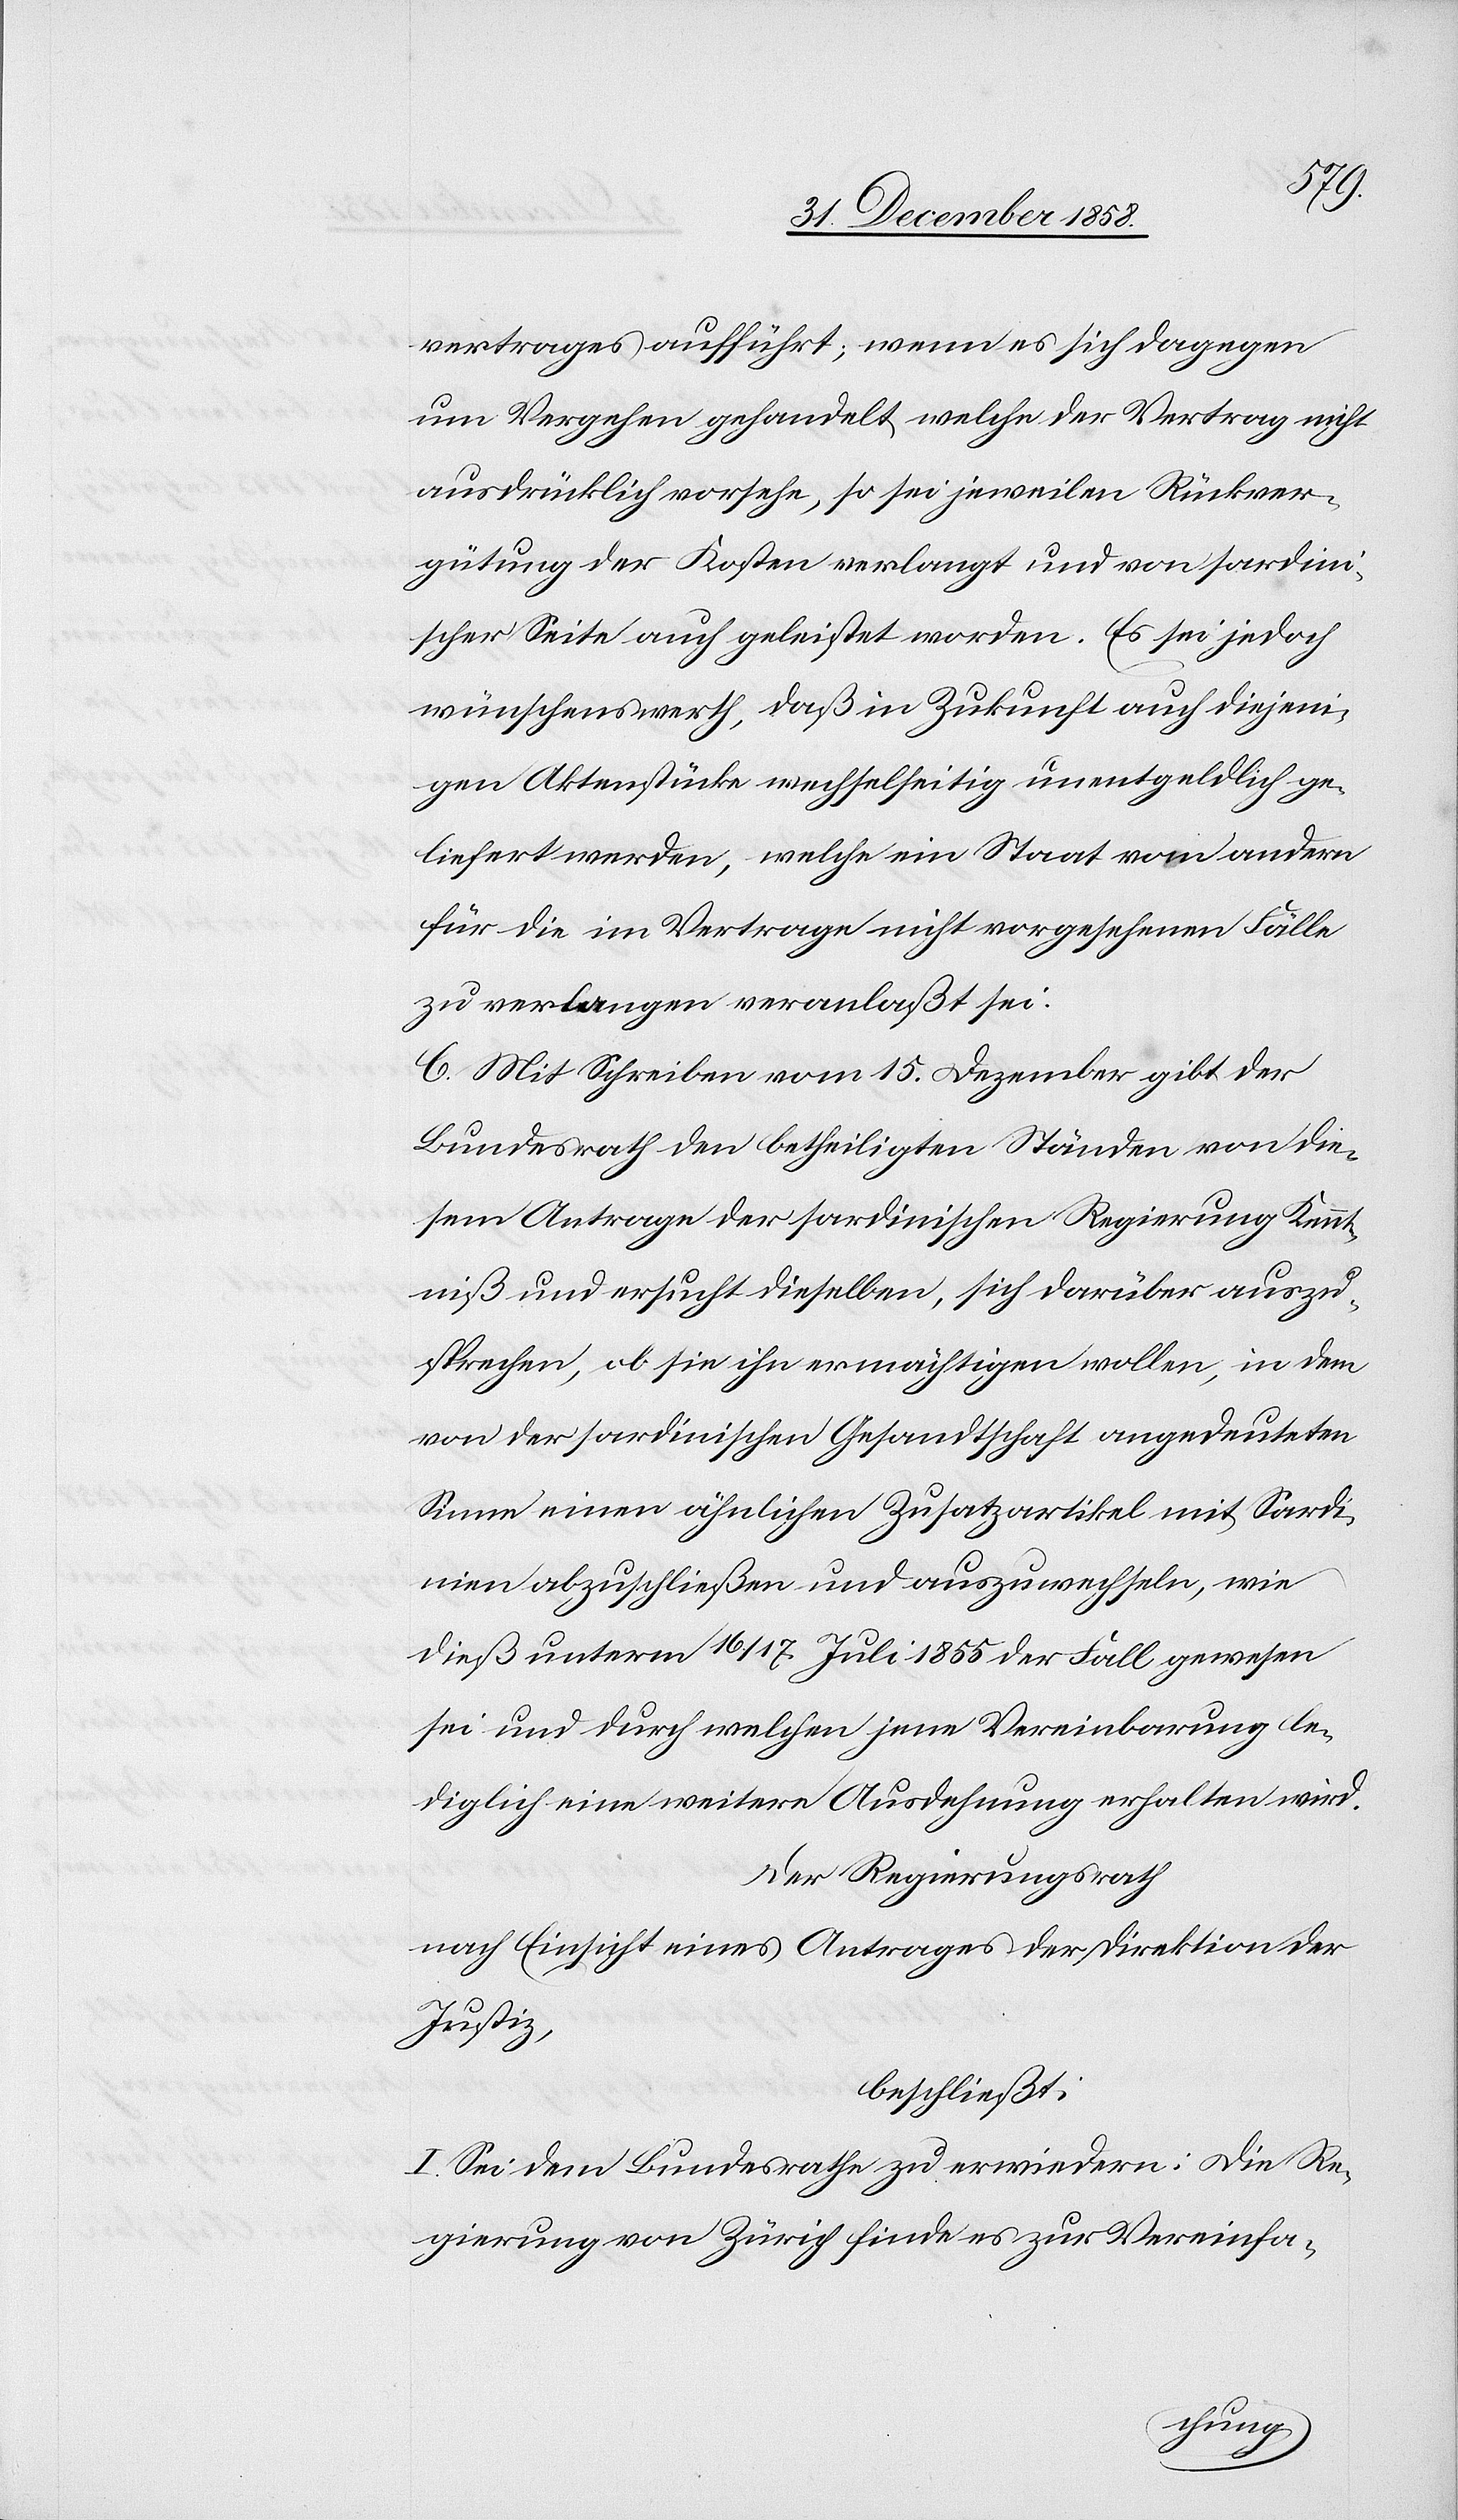
vertrages aufführt; wenn es sich dagegen
um Vergehen gehandelt, welche der Vertrag nicht
ausdrücklich vorsehe, so sei jeweilen Rückver¬
gütung der Kosten verlangt und von sardini¬
scher Seite auch geleistet worden. Es sei jedoch
wünschenswerth, daß in Zukunft auch diejeni¬
gen Aktenstücke wechselseitig unentgeldlich ge¬
liefert werden, welche ein Staat vom andern
für die im Vertrage nicht vorgesehenen Fälle
zu verlangen veranlaßt sei.
C. Mit Schreiben vom 15. Dezember gibt der
Bundesrath den betheiligten Ständen von die¬
sem Antrage der sardinischen Regierung Kennt¬
niß und ersucht dieselben, sich darüber auszu¬
sprechen, ob sie ihn ermächtigen wollen, in dem
von der sardinischen Gesandtschaft angedeuteten
Sinne einen ähnlichen Zusatzartikel mit Sardi¬
nien abzuschließen und auszuwechseln, wie
dieß unterm 16./17. Juli 1855 der Fall gewesen
sei und durch welchen jene Vereinbarung le¬
diglich eine weitere Ausdehnung erhalten wird.
Der Regierungrath
nach Einsicht eines Antrages der Direktion der
Justiz,
beschließt:
I. Sei dem Bundesrathe zu erwiedern: Die Re¬
gierung von Zürich finde es zur Vereinfa-